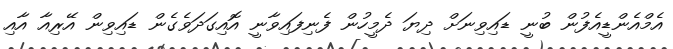
އެމްއެންޑީއެފުން ބުނީ ޑައިވިނަށް ދިޔަ ދެމީހުން ފެނިފައިވާނީ އޮއިގަދަވެގެން ޑައިވިން އޭރިއާ އާއި